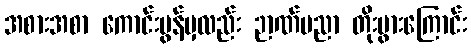
အစားအစာ ကောင်းမွန်မှလည်း ဉာဏ်ပညာ တိုးပွားကြောင်း